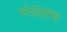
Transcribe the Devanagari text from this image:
मंत्रालन